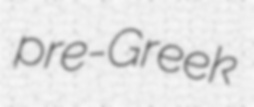
pre-Greek